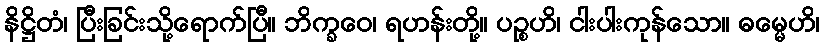
နိဋ္ဌိတံ၊ ပြီးခြင်းသို့ရောက်ပြီ။ ဘိက္ခဝေ၊ ရဟန်းတို့။ ပဉ္စဟိ၊ ငါးပါးကုန်သော။ ဓမ္မေဟိ၊